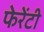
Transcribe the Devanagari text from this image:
फेरेंटी